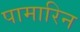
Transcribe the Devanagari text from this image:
पामारिन